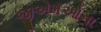
જીએમઓના